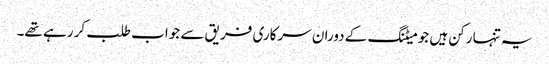
یہ تنہا رکن ہیں جو میٹنگ کے دوران سرکاری فریق سے جواب طلب کر رہے تھے۔